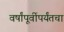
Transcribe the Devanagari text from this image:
वर्षांपूर्वीपर्यंतचा